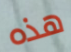
هذه